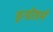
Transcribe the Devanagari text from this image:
इन्डोडर्म